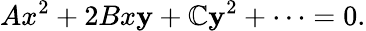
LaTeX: Ax^{2}+2Bx\mathbf{y}+\mathbb{C}\mathbf{y}^{2}+\cdots=0.